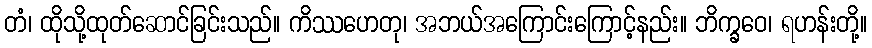
တံ၊ ထိုသို့ထုတ်ဆောင်ခြင်းသည်။ ကိဿဟေတု၊ အဘယ်အကြောင်းကြောင့်နည်း။ ဘိက္ခဝေ၊ ရဟန်းတို့။